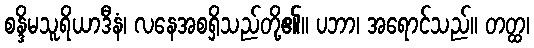
စန္ဒိမသူရိယာဒီနံ၊ လနေအစရှိသည်တို့၏။ ပဘာ၊ အရောင်သည်။ တတ္ထ၊